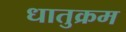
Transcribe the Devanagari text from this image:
धातुक्रम